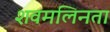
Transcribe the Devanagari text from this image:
शवमलिनता